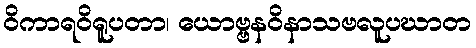
ဝိကာရဝိရူပတာ၊ ယောဗ္ဗနဝိနာသဗလူပဃာတ